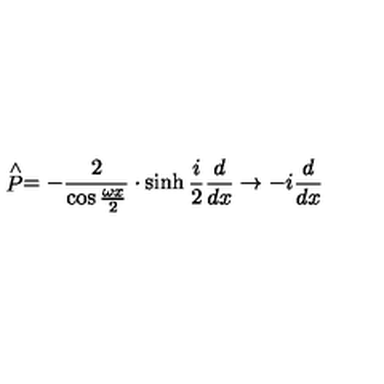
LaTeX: \stackrel { \wedge } { P } = - \frac { 2 } { \cos \frac { \omega x } { 2 } } \cdot \sinh \frac { i } { 2 } \frac { d } { d x } \rightarrow - i \frac { d } { d x }